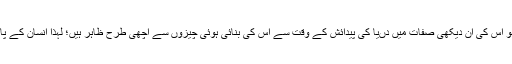
’’کیونکہ خُدا کی ازلی قدرت اور الوہیت جو اُس کی اَن دیکھی صفات میں دُںیا کی پیدائش کے وقت سے اُس کی بنائی ہوئی چیزوں سے اچھی طرح ظاہر ہیں؛ لہٰذا انسان کے پاس کوئی عذر نہیں ہے‘‘ (رومیوں1:20)۔